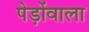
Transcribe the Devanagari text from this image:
पेड़ोंवाला